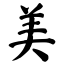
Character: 美